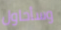
وسأحاول